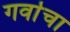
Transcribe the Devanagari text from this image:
गर्वाचा